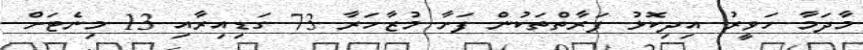
މާދަމާ ހަވީރު އިދިކޮޅު ފަރާތްތަކުން ފަށާ މުޒާހަރާ 73 ގަޑިއިރާއި 13 މިނެޓަށް